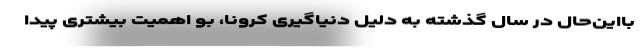
بااین‌حال در سال گذشته به دلیل دنیاگیری کرونا، بو اهمیت بیشتری پیدا